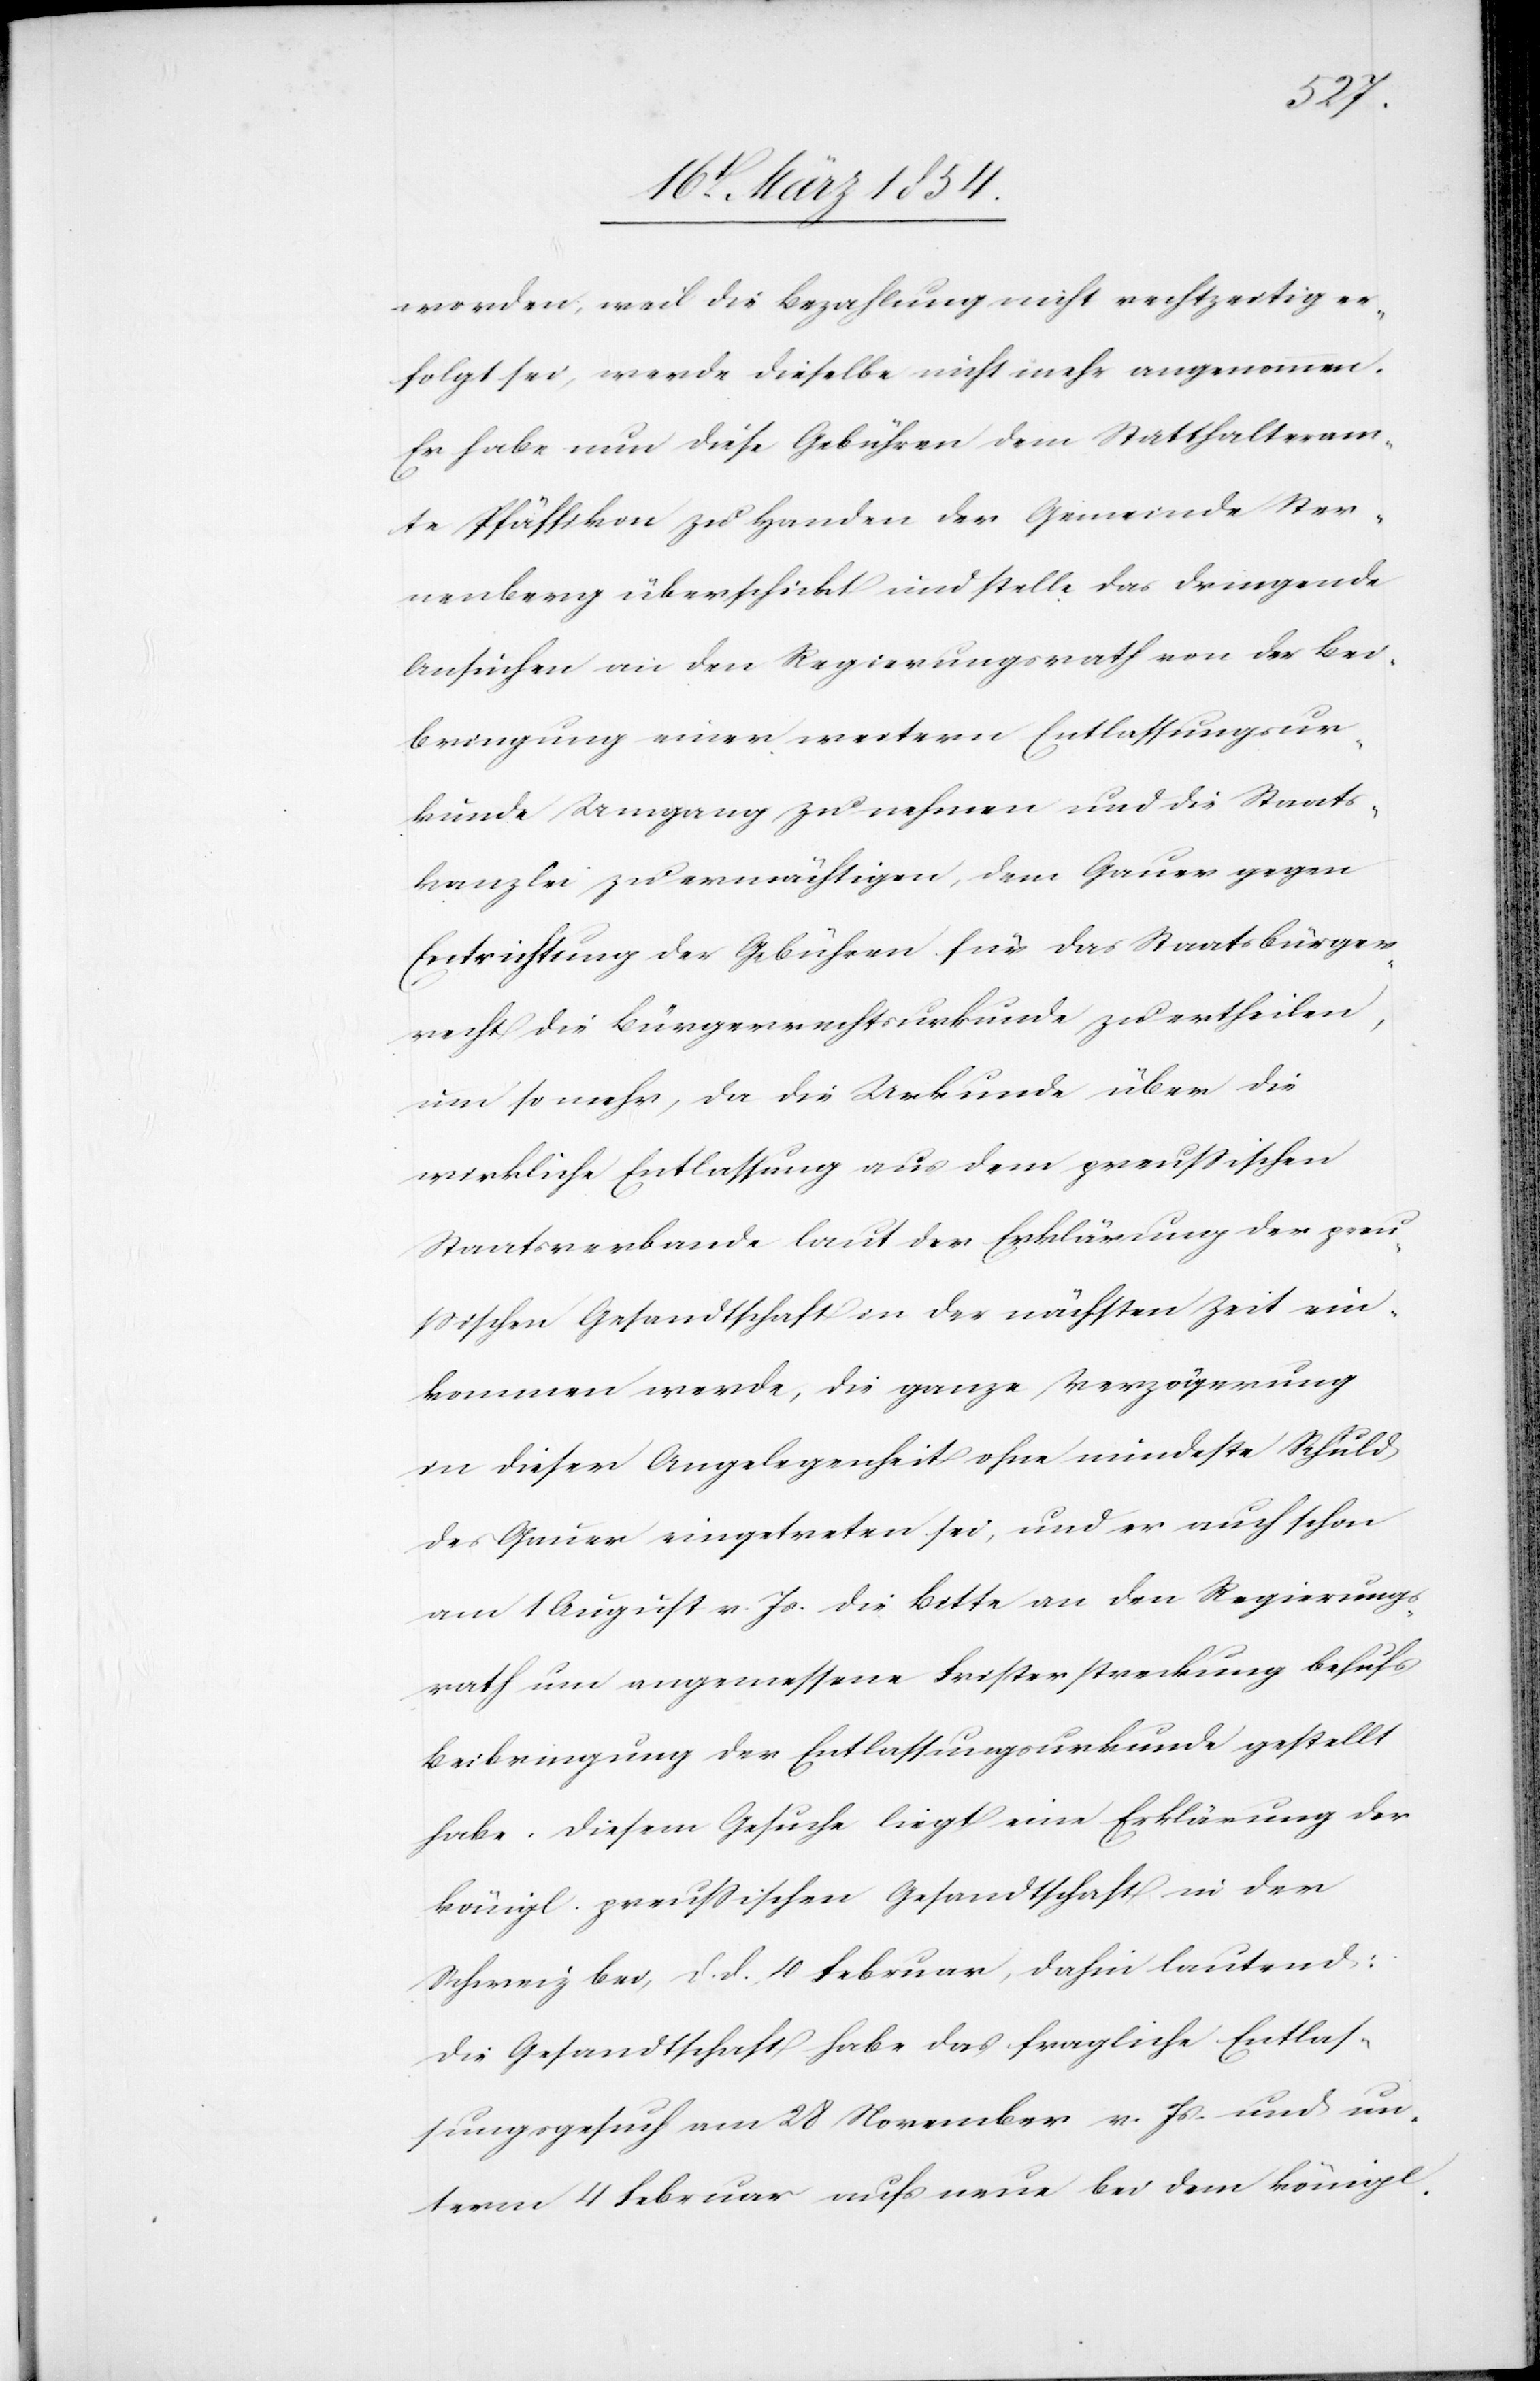
worden, weil die Bezahlung nicht rechtzeitig er¬
folgt sei, werde dieselbe nicht mehr angenommen.
Er habe nun diese Gebühren dem Statthalteram¬
te Pfäffikon zu Handen der Gemeinde Ster¬
nenberg überschickt und stelle das dringende
Ansuchen an den Regierungsrath von der Bei¬
bringung einer weitern Entlassungsur¬
kunde Umgang zu nehmen und die Staats¬
kanzlei zu ermächtigen, dem Gauer gegen
Entrichtung der Gebühren für das Staatsbürger¬
recht die Bürgerrechtsurkunde zu ertheilen,
um so mehr, da die Urkunde über die
wirkliche Entlassung aus dem preußischen
Staatsverbande laut der Erklärung der preu¬
ßischen Gesandtschaft in der nächsten Zeit ein¬
kommen werde, die ganze Verzögerung
in dieser Angelegenheit ohne mindeste Schuld
des Gauer eingetreten sei, und er auch schon
am 1 August v. Js. die Bitte an den Regierungs¬
rath um angemessene Fristerstreckung behufs
Beibringung der Entlassungsurkunde gestellt
habe. Diesem Gesuche liegt eine Erklärung der
königl. preußischen Gesandtschaft in der
Schweiz bei, d. d. 10 Februar, dahin lautend:
Die Gesandtschaft habe das fragliche Entlas¬
sungsgesuch am 28 November v. Js und un¬
term 4 Februar aufs neue bei dem königl.